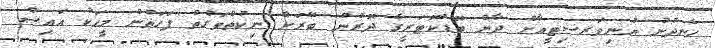
ހެނދުނު ޔުނިވަރސިޓީއާށް ދާން ބޮޑުކޮޓަރީގެ ދޮރުން ބޭރަށް ނިކުތްވަގުތު ފަހަތުން މީހަކު އައިސް